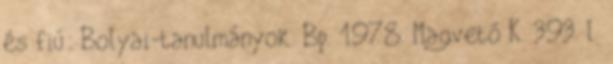
és fiú: Bolyai-tanulmányok. Bp. 1978. Magvető K. 393. l.